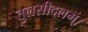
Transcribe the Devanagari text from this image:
तुलसीदलम्।